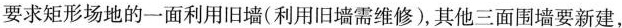
要求矩形场地的一面利用旧墙(利用旧墙需维修)，其他三面围墙要新建,